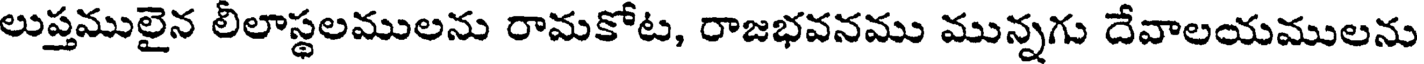
లుప్తములైన లీలాస్థలములను రామకోట, రాజభవనము మున్నగు దేవాలయములను